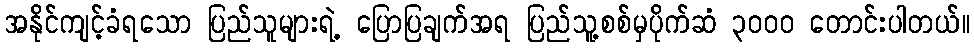
အနိုင်ကျင့်ခံရသော ပြည်သူများရဲ့ ပြောပြချက်အရ ပြည်သူ့စစ်မှပိုက်ဆံ ၃၀၀၀ တောင်းပါတယ်။